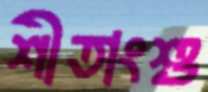
শীতাংশু